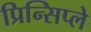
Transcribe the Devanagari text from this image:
प्रिन्सिप्ले